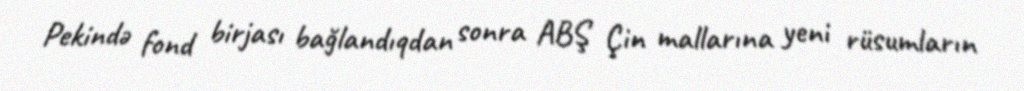
Pekində fond birjası bağlandıqdan sonra ABŞ Çin mallarına yeni rüsumların